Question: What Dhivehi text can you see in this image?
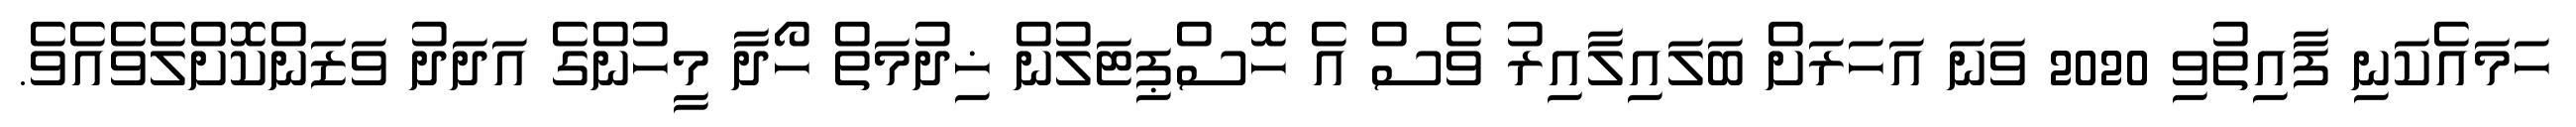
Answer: ހަމައެކަނި ފާއިތުވި 2020 ވަނަ އަހަރަށް ބަލައިލާއިރު ވެސް އެ ހޮސްޕިޓަލުން ޚިދުމަތް ހޯދާ މީހުންގެ އަދަދު ވަޒަންކޮށްލެވެއެވެ.